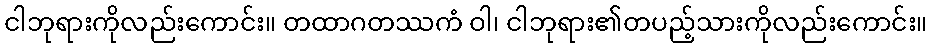
ငါဘုရားကိုလည်းကောင်း။ တထာဂတဿကံ ဝါ၊ ငါဘုရား၏တပည့်သားကိုလည်းကောင်း။